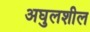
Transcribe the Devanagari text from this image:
अघुलशील